Subject: eess
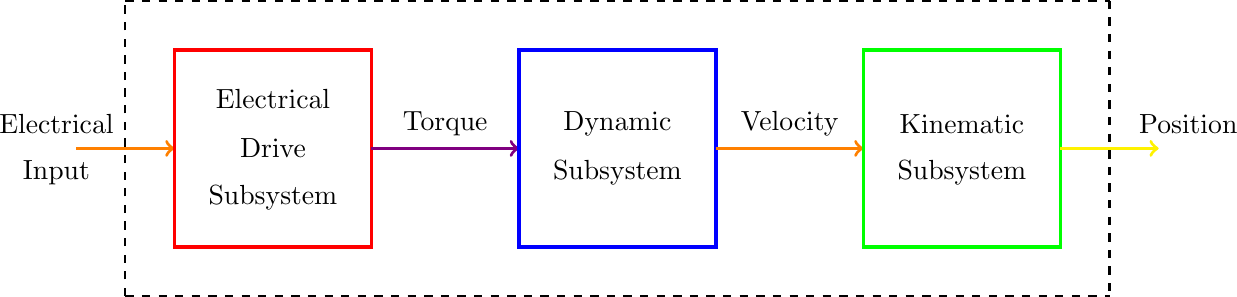
LaTeX code:
\begin{tikzpicture}[thick,scale=1.25]
\draw [->,color=orange,very thick](0,1)--(1,1);
\draw(-0.2,1.25)node {{Electrical}};
\draw(-0.2,0.75)node {{Input}};

\draw [very thick,color=red](1,0) rectangle (3,2);
\draw(2,1.5)node {{Electrical }};
\draw(2,1)node {{Drive }};
\draw(2,0.5)node {{Subsystem}};

\draw (3.75,1.25) node {{Torque}};
\draw [->,color=violet, very thick](3,1)--(4.5,1);
\draw [very thick,color=blue](4.5,0) rectangle (6.5,2);
\draw(5.5,1.25)node {{Dynamic }};
\draw(5.5,0.75)node {{Subsystem }};

\draw (7.25,1.25) node {{Velocity}};
\draw [->,color=orange,very thick](6.5,1)--(8,1);
\draw [very thick,color=green](8,0) rectangle (10,2);
\draw(9,1.25)node {{Kinematic }};
\draw(9,0.75)node {{Subsystem }};

\draw [->,color=yellow, very thick](10,1)--(11,1);
\draw (11.3,1.25) node {{Position}};
\draw[dashed](0.5,2.5) -- (10.5,2.5);
\draw[dashed](10.5,2.5) -- (10.5,-0.5);
\draw[dashed](0.5,-0.5) -- (10.5,-0.5);
\draw[dashed](0.5,-0.5) -- (0.5,2.5);
\end{tikzpicture}